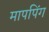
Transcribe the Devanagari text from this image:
मापपिंग